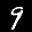
Label: 9